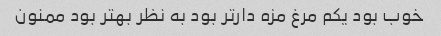
خوب بود یکم مرغ مزه دارتر بود به نظر بهتر بود ممنون